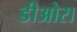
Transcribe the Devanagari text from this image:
डीओरा